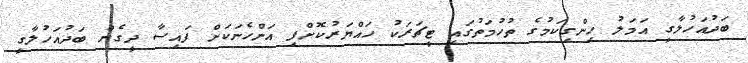
ބަދުއަހުލާގީ އަމަލު ހިންގިކަމުގެ ތުހުމަތުގައި ޓީޗަރަކު ހައްޔަރުކޮށްފި އަންހެނަކަށް ފައިސާ ދީގެން ބަދުއަހުލާގީ